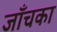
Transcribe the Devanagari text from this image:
जाँचका